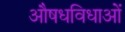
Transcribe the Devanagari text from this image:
औषधविधाओं